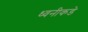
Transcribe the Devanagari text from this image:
ध्वनीकडे